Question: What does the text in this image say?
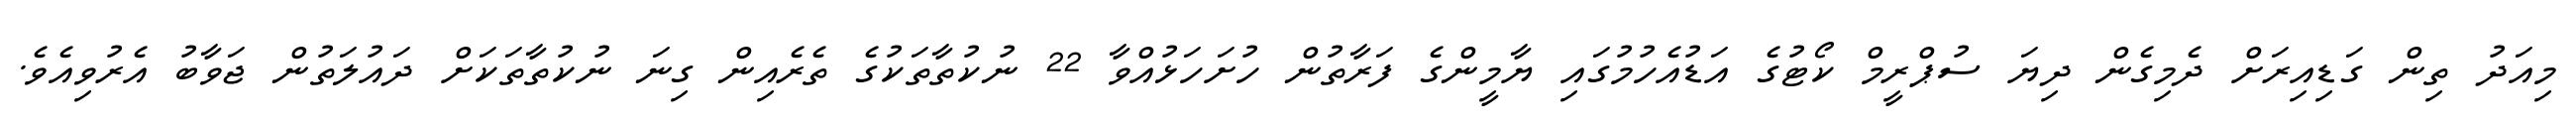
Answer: މިއަދު ތިން ގަޑިއިރަށް ދެމިގެން ދިޔަ ސުޕްރީމް ކޯޓުގެ އަޑުއެހުމުގައި ޔާމީންގެ ފަރާތުން ހުށަހަޅުއްވާ 22 ނުކުތާތަކުގެ ތެރެއިން ގިނަ ނުކުތާތަކަށް ދައުލަތުން ޖަވާބު އެރުވިއެވެ.